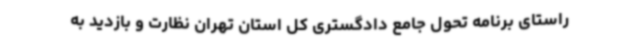
راستای برنامه تحول جامع دادگستری کل استان تهران نظارت و بازدید به